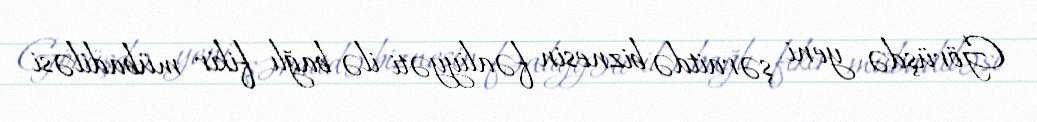
Görüşdə yeni şəraitdə biznesin fəaliyyəti ilə bağlı fikir mübadiləsi